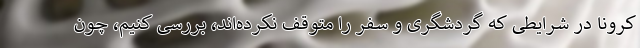
کرونا در شرایطی که گردشگری و سفر را متوقف نکرده‌اند، بررسی کنیم، چون